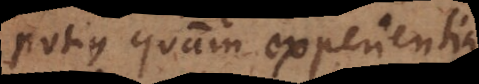
potius quam experientia